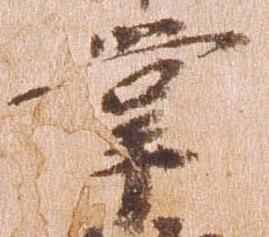
掌